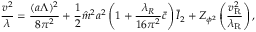
\frac { v ^ { 2 } } { \lambda } = \frac { ( a \Lambda ) ^ { 2 } } { 8 \pi ^ { 2 } } + \frac { 1 } { 2 } \hat { m } ^ { 2 } a ^ { 2 } \left( 1 + \frac { \lambda _ { R } } { 1 6 \pi ^ { 2 } } \bar { c } \right) \bar { I } _ { 2 } + Z _ { \phi ^ { 2 } } \left( \frac { v _ { \mathrm { R } } ^ { 2 } } { \lambda _ { \mathrm { R } } } \right) ,